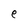
Character: e